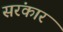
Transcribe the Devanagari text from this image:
सरंकार